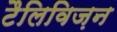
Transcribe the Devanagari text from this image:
टैलिविज़न